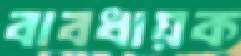
বাবধায়ক